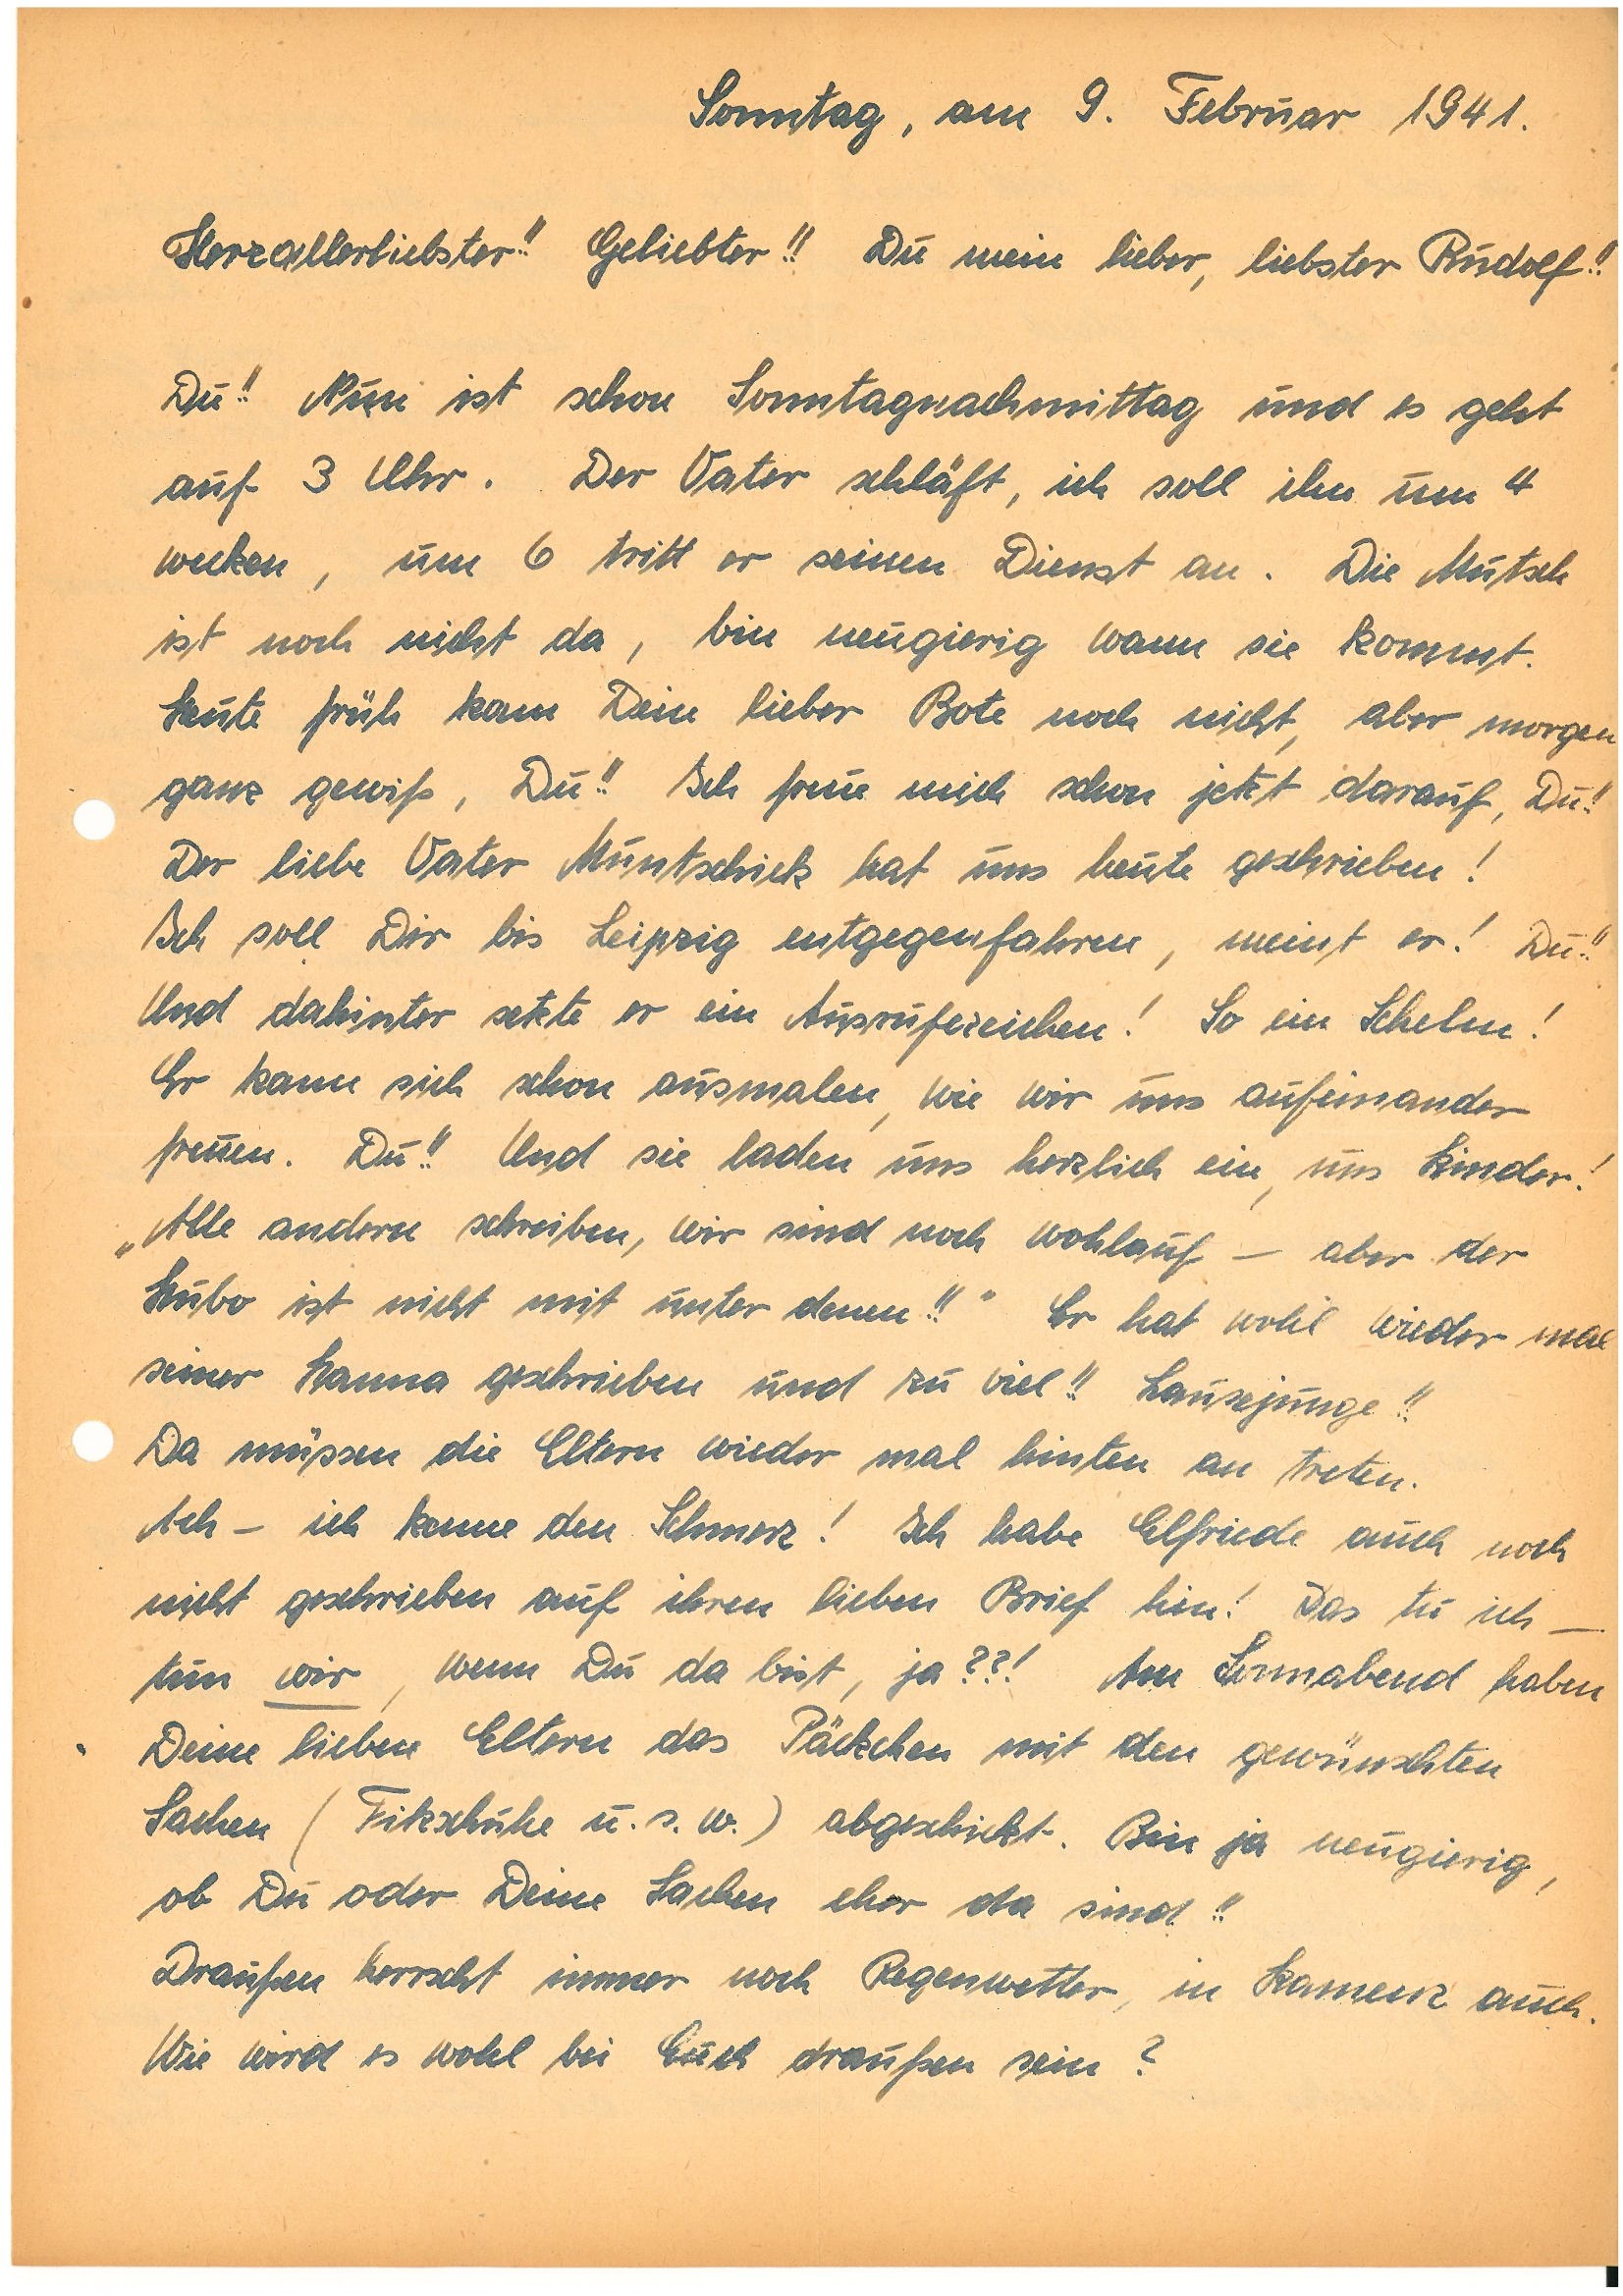
Samstag, am 9. Februar 1941.
Herzallerliebster!! Geliebter!! Du mein lieber, liebster !!
Du!! Nun ist schon Sonntagnachmittag und es geht
auf 3 Uhr. Der Vater schläft, ich soll ihn um 4
wecken, um 6 tritt er seinen Dienst an. Die Mutsch
ist noch nicht da, bin neugierig wann sie kommt.
Heute früh kam Dein lieber Bote noch nicht, aber morgen
ganz gewiss, Du!! Ich freue mich schon jetzt darauf, Du!!
Der liebe Vater hat uns heute geschrieben!
Ich soll Dir bis Leipzig entgegenfahren, meint er! Du!!
Und dahinter setzte er ein Ausrufezeichen! So ein Schelm!
Er kann sich schon ausmalen, wie wir uns aufeinander
freuen. Du!! Und sie laden uns herzlich ein, uns Kinder!
„Alle anderen schreiben, wir sind noch wohlauf – aber der
Hubo ist nicht mit unter denen!!” Er hat wohl wieder mal
seiner geschrieben und zu viel!! Lausejunge!!
Da müssen die Eltern wieder mal hinten an treten.
Ach – ich kenne den Schmerz! Ich habe E. auch noch
nicht geschrieben auf ihren lieben Brief hin! Das tu ich –
tun wir, wenn Du da bist, ja??! Am Sonnabend haben
Deine lieben Eltern das Päckchen mit den gewünschten
Sachen (Filzschuhe u.s.w.) abgeschickt. Bin ja neugierig,
ob Du oder Deine Sachen eher da sind!!
Draußen herrscht immer noch Regenwetter, in K. auch.
Wie wird es wohl bei Euch draußen sein?